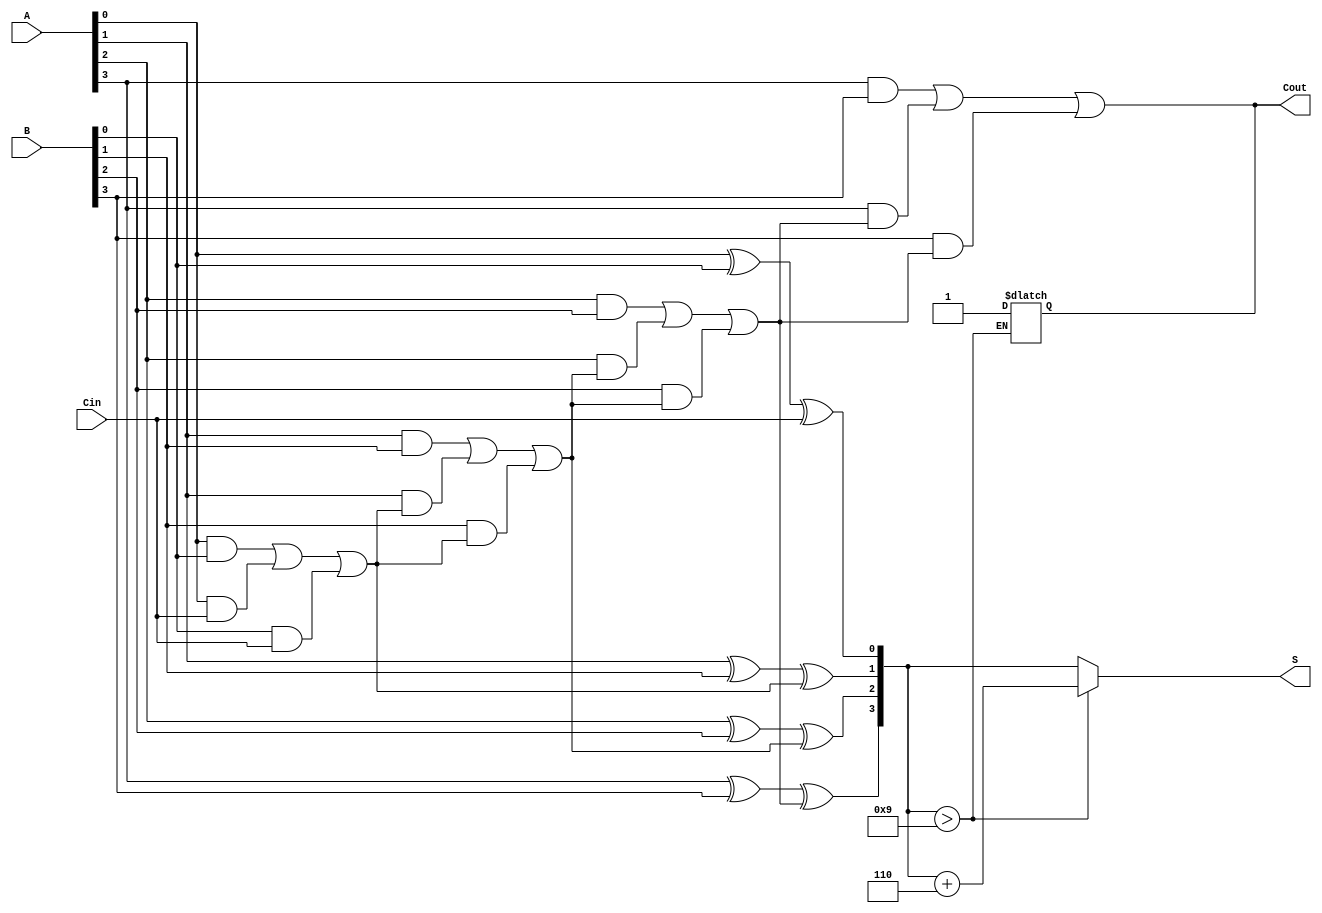
module BCD_Ripple_Carry_Adder (
    input  [3:0] A,        // First BCD digit
    input  [3:0] B,        // Second BCD digit
    input        Cin,       // Carry-in
    output reg [3:0] S,     // BCD result
    output reg Cout         // Carry-out
);

    // Internal signals for full adder
    wire [3:0] sum;        // Sum of A, B, and Cin
    wire c1, c2, c3;       // Carry bits between full adders

    // Full Adder for bit 0
    assign sum[0] = A[0] ^ B[0] ^ Cin;
    assign c1 = (A[0] & B[0]) | (A[0] & Cin) | (B[0] & Cin);

    // Full Adder for bit 1
    assign sum[1] = A[1] ^ B[1] ^ c1;
    assign c2 = (A[1] & B[1]) | (A[1] & c1) | (B[1] & c1);

    // Full Adder for bit 2
    assign sum[2] = A[2] ^ B[2] ^ c2;
    assign c3 = (A[2] & B[2]) | (A[2] & c2) | (B[2] & c2);

    // Full Adder for bit 3
    assign sum[3] = A[3] ^ B[3] ^ c3;
    assign Cout = (A[3] & B[3]) | (A[3] & c3) | (B[3] & c3);

    // BCD Correction Logic
    always @* begin
        if (sum > 4'd9) begin
            S = sum + 4'd6;  // Add 6 to correct the BCD sum
            Cout = 1;        // Set the carry-out if correction is applied
        end else begin
            S = sum;         // No correction needed
            Cout = Cout;     // Carry-out from the last full adder
        end
    end

endmodule